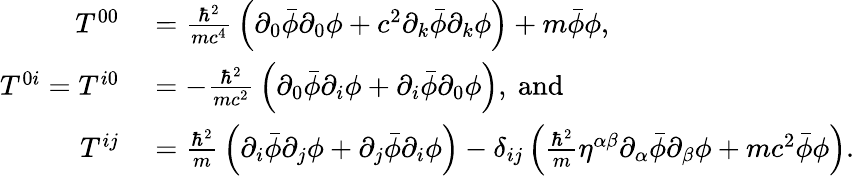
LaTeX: \begin{array}{rl}{T^{00}}&{{}={\frac{\hbar^{2}}{mc^{4}}}\left(\partial_{0}{\bar{\phi}}\partial_{0}\phi+c^{2}\partial_{k}{\bar{\phi}}\partial_{k}\phi\right)+m{\bar{\phi}}\phi,}\\ {T^{0i}=T^{i0}}&{{}=-{\frac{\hbar^{2}}{mc^{2}}}\left(\partial_{0}{\bar{\phi}}\partial_{i}\phi+\partial_{i}{\bar{\phi}}\partial_{0}\phi\right),\ \mathrm{and}}\\ {T^{ij}}&{{}={\frac{\hbar^{2}}{m}}\left(\partial_{i}{\bar{\phi}}\partial_{j}\phi+\partial_{j}{\bar{\phi}}\partial_{i}\phi\right)-\delta_{ij}\left({\frac{\hbar^{2}}{m}}\eta^{\alpha\beta}\partial_{\alpha}{\bar{\phi}}\partial_{\beta}\phi+mc^{2}{\bar{\phi}}\phi\right).}\end{array}